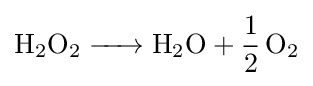
{\ce {H2O2 -> H2O + 1/2O2}}